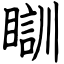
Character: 瞓